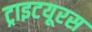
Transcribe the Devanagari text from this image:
ट्राइटयूरस